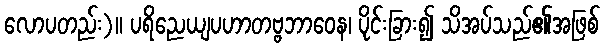
လောပတည်း)။ ပရိညေယျပဟာတဗ္ဗဘာဝေန၊ ပိုင်းခြား၍ သိအပ်သည်၏အဖြစ်